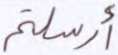
أرسلتم